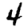
Digit: 4